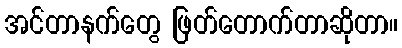
အင်တာနက်တွေ ဖြတ်တောက်တာဆိုတာ။